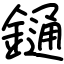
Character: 𨫤